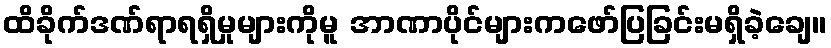
ထိခိုက်ဒဏ်ရာရရှိမှုများကိုမူ အာဏာပိုင်များကဖော်ပြခြင်းမရှိခဲ့ချေ။